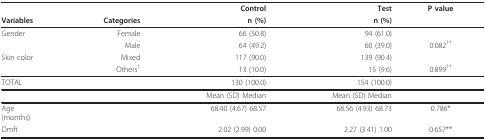
<table><thead><tr><td></td><td></td><td><b>Control</b></td><td><b>Test</b></td><td><b>P value</b></td></tr><tr><td><b>Variables</b></td><td><b>Categories</b></td><td><b>n (%)</b></td><td><b>n (%)</b></td><td></td></tr></thead><tbody><tr><td>Gender</td><td>Female</td><td>66 ( 50.8)</td><td>94 ( 61.0)</td><td></td></tr><tr><td></td><td>Male</td><td>64 ( 49.2)</td><td>60 ( 39.0)</td><td>0.082<sup>††</sup></td></tr><tr><td>Skin color</td><td>Mixed</td><td>117 ( 90.0)</td><td>139 ( 90.4)</td><td></td></tr><tr><td></td><td>Others<sup>†</sup></td><td>13 ( 10.0)</td><td>15 ( 9.6)</td><td>0.899<sup>††</sup></td></tr><tr><td>TOTAL</td><td></td><td>130 (100.0)</td><td>154 (100.0)</td><td></td></tr><tr><td></td><td></td><td>Mean (SD) Median</td><td>Mean (SD) Median</td><td></td></tr><tr><td>Age (months)</td><td></td><td>68.40 (4.67) 68.57</td><td>68.56 (4.93) 68.73</td><td>0.786*</td></tr><tr><td>Dmft</td><td></td><td>2.02 (2.99) 0.00</td><td>2.27 (3.41) 1.00</td><td>0.657**</td></tr></tbody></table>